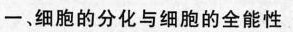
一、细胞的分化与细胞的全能性